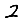
Digit: 2